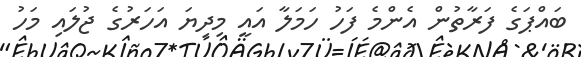
ބައްޕަގެ ފަރާތުން އެންމެ ފަހު ހަމަލާ އައީ މިދިޔަ އަަހަރުގެ ޖުލައި މަހު